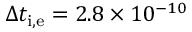
\Delta t _ { \mathrm { i , e } } = 2 . 8 \times 1 0 ^ { - 1 0 }